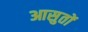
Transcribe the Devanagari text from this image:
आसुतों